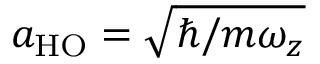
a _ { \mathrm { { H O } } } = \sqrt { \hbar / m \omega _ { z } }